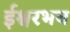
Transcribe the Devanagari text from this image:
ईश्वरभय